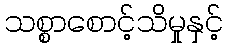
သစ္စာစောင့်သိမှုနှင့်